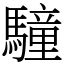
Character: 䮵